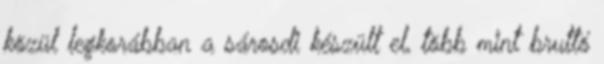
közül legkorábban a sárosdi készült el, több mint bruttó